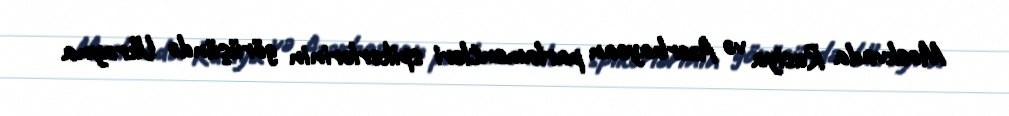
Moskvada Rusiya və Azərbaycan parlamentləri spikerlərinin görüşündə Ukrayna